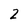
Character: 2